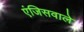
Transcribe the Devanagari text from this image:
एंजिसवाले